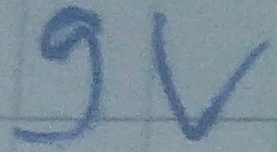
Text: 9v